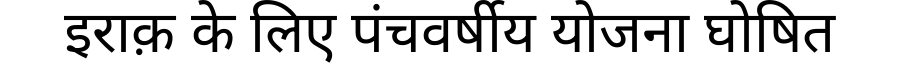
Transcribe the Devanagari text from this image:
इराक़ के लिए पंचवर्षीय योजना घोषित